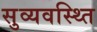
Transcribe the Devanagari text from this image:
सुव्यवस्थ्ति